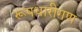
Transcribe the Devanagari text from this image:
रूपधारीगण